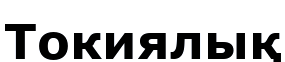
Токиялық